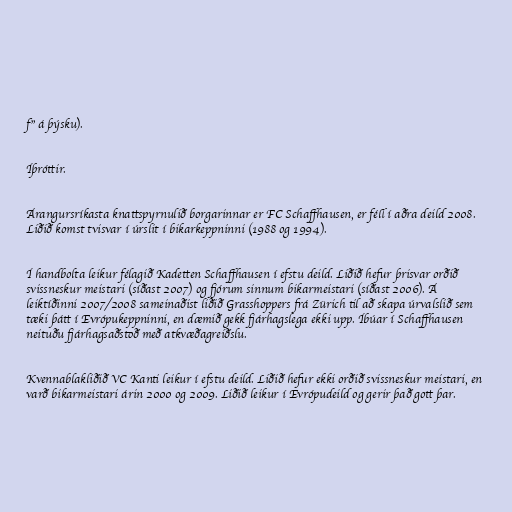
f" á þýsku).

Íþróttir.

Árangursríkasta knattspyrnulið borgarinnar er FC Schaffhausen, er féll í aðra deild 2008.
Liðið komst tvisvar í úrslit í bikarkeppninni (1988 og 1994).

Í handbolta leikur félagið Kadetten Schaffhausen í efstu deild. Liðið hefur þrisvar orðið
svissneskur meistari (síðast 2007) og fjórum sinnum bikarmeistari (síðast 2006). Á
leiktíðinni 2007/2008 sameinaðist liðið Grasshoppers frá Zürich til að skapa úrvalslið sem
tæki þátt í Evrópukeppninni, en dæmið gekk fjárhagslega ekki upp. Íbúar í Schaffhausen
neituðu fjárhagsaðstoð með atkvæðagreiðslu.

Kvennablakliðið VC Kanti leikur í efstu deild. Liðið hefur ekki orðið svissneskur meistari, en
varð bikarmeistari árin 2000 og 2009. Liðið leikur í Evrópudeild og gerir það gott þar.